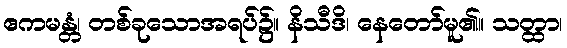
ဧကမန္တံ၊ တစ်ခုသောအရပ်၌။ နိသီဒိ၊ နေတော်မူ၏။ သတ္ထာ၊